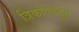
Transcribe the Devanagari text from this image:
त्रिकोणातून